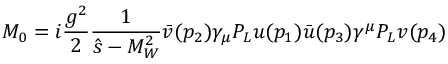
M _ { 0 } = i \frac { g ^ { 2 } } { 2 } \frac { 1 } { \hat { s } - M _ { W } ^ { 2 } } \bar { v } ( p _ { 2 } ) \gamma _ { \mu } P _ { L } u ( p _ { 1 } ) \bar { u } ( p _ { 3 } ) \gamma ^ { \mu } P _ { L } v ( p _ { 4 } )